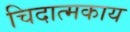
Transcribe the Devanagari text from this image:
चिदात्मकाय